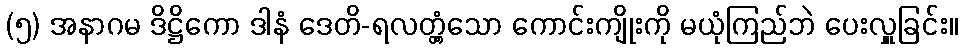
(၅) အနာဂမ ဒိဋ္ဌိကော ဒါနံ ဒေတိ-ရလတ္တံ့သော ကောင်းကျိုးကို မယုံကြည်ဘဲ ပေးလှူခြင်း။